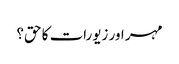
مہر اور زیورات کا حق؟